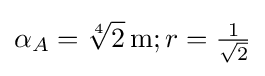
\alpha _{A}={\sqrt[{4}]{2}}\,{\text{m}};r={\tfrac {1}{\sqrt {2}}}